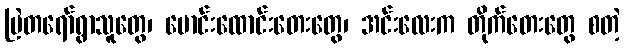
ဗြဲတရော်ရွာသူတွေ၊ မောင်းထောင်းတေးတွေ၊ အင်းလေးက တိုက်တေးတွေ စတဲ့